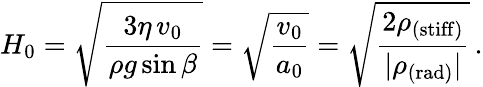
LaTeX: H_{0}=\sqrt{\frac{3\eta\, v_{0}}{\rho g\sin\beta}}=\sqrt{\frac{v_{0}}{a_{0}}}=\sqrt{\frac{2\rho_{\mathrm{(stiff)}}}{|\rho_{\mathrm{(rad)}}|}}\, .